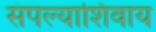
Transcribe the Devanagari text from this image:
संपल्याशिवाय